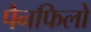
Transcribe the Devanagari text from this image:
पैनफिलो